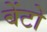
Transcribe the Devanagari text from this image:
बेंटो